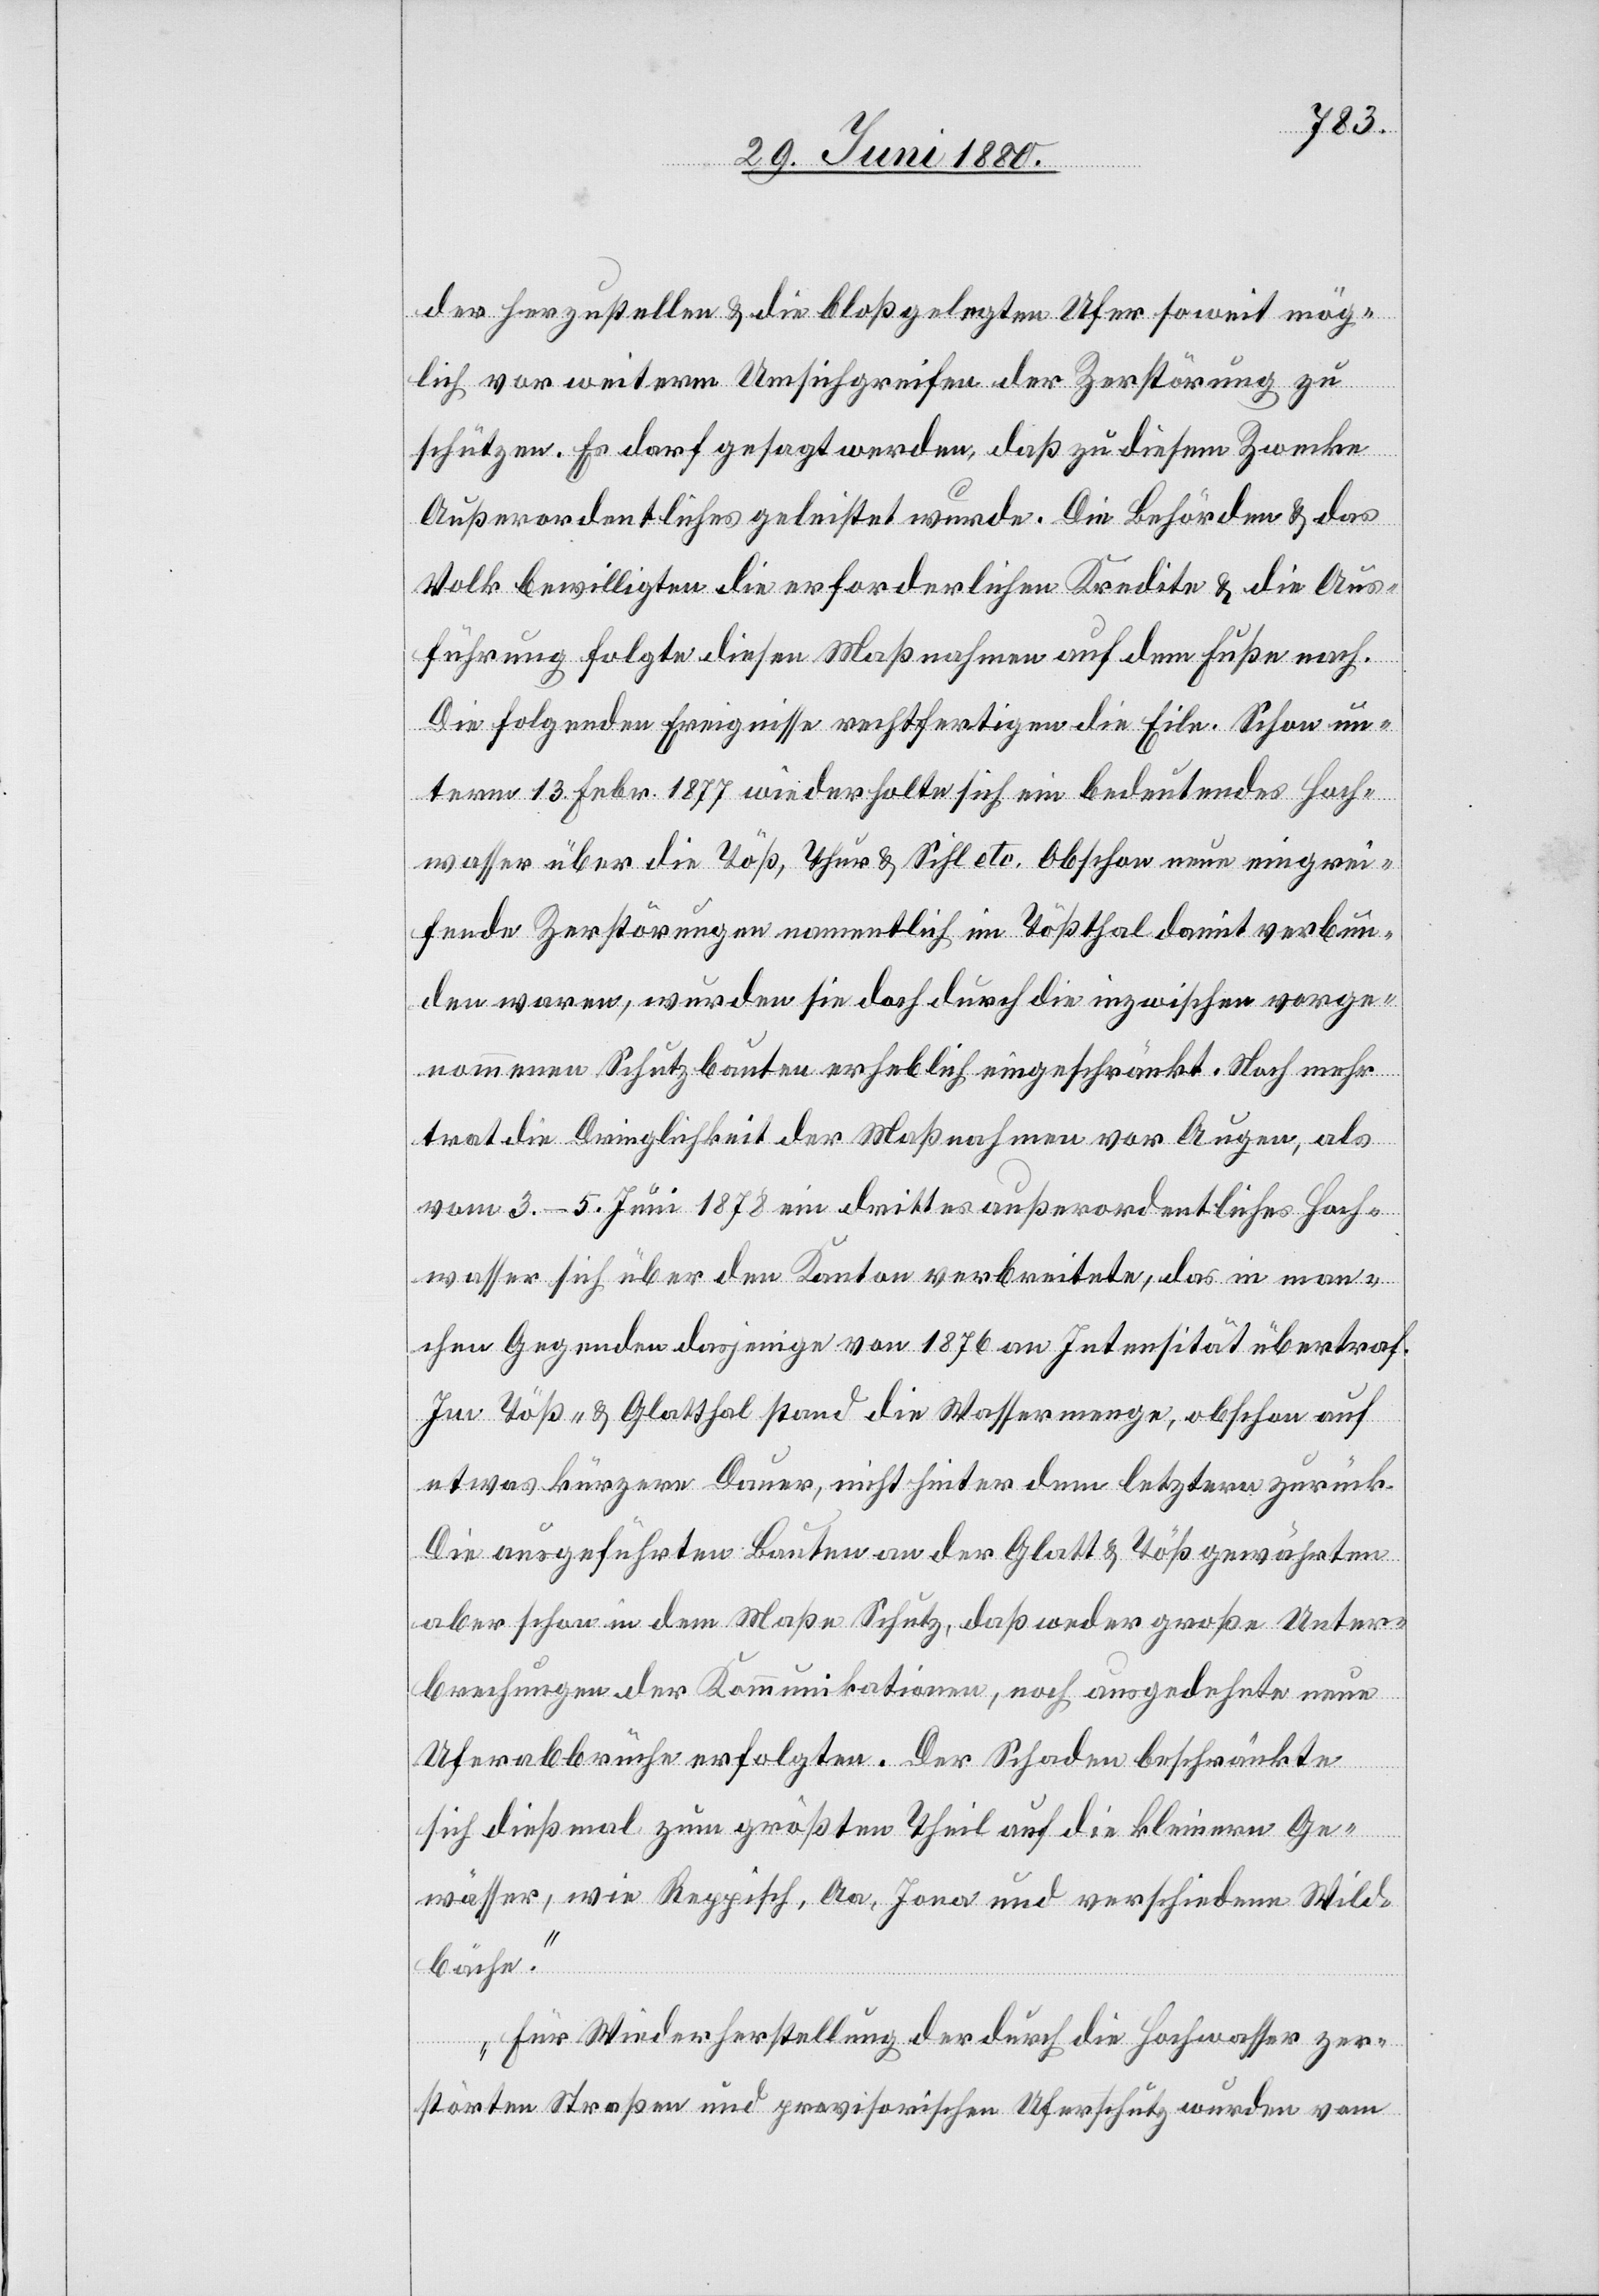
der herzustellen & die bloß gelegten Ufer soweit mög¬
lich vor weiterm Umsichgreifen der Zerstörung zu
schützen. Es darf gesagt werden, daß zu diesem Zwecke
Außerordentliches geleistet wurde. Die Behörden & das
Volk bewilligten die erforderlichen Kredite & die Aus¬
führung folgte diesen Maßnahmen auf dem Fuße nach.
Die folgenden Ereignisse rechtfertigen die Eile. Schon un¬
term 13. Febr. 1877 wiederholte sich ein bedeutendes Hoch¬
wasser über die Töß, Thur & Sihl etc. Obschon neue eingrei¬
fende Zerstörungen namentlich im Tößthal damit verbun¬
den waren, wurden sie doch durch die inzwischen vorge¬
nommenen Schutzbauten erheblich eingeschränkt. Noch mehr
trat die Dringlichkeit der Maßnahmen vor Augen, als
vom 3.–5. Juni 1878 ein drittes außerordentliches Hoch¬
wasser sich über den Kanton verbreitete, das in man¬
chen Gegenden dasjenige von 1876 an Intensität übertrag.
Im Töß- & Glatthal stand die Wassermenge, obschon auf
etwas kürzere Dauer, nicht hinter dem letztern zurück.
Die ausgeführten Bauten an der Glatt & Töß gewährten
aber schon in dem Maße Schutz, daß weder große Unter¬
brechungen der Kommunikationen, noch ausgedehnte neue
Uferabbrüche erfolgten. Der Schaden beschränkte
sich dießmal zum größten Theil auf die kleinern Ge¬
wässer, wie Reppisch, Aa, Jona und verschiedene Wild¬
bäche.
Für Wiederherstellung der durch die Hochwasser zer¬
störten Straßen und provisorischen Uferschutz wurden vom